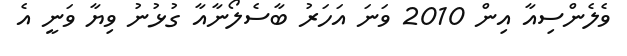
ވެލެންސިއާ އިން 2010 ވަނަ އަހަރު ބާސެލޯނާއާ ގުޅުނު ވިޔާ ވަނީ އެ